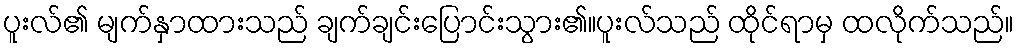
ပူးလ်၏ မျက်နှာထားသည် ချက်ချင်းပြောင်းသွား၏။ပူးလ်သည် ထိုင်ရာမှ ထလိုက်သည်။